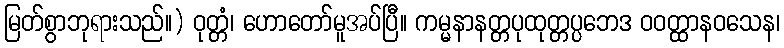
မြတ်စွာဘုရားသည်။) ဝုတ္တံ၊ ဟောတော်မူအပ်ပြီ။ ကမ္မနာနတ္တပုထုတ္တပ္ပဘေဒ ဝဝတ္ထာနဝသေန၊